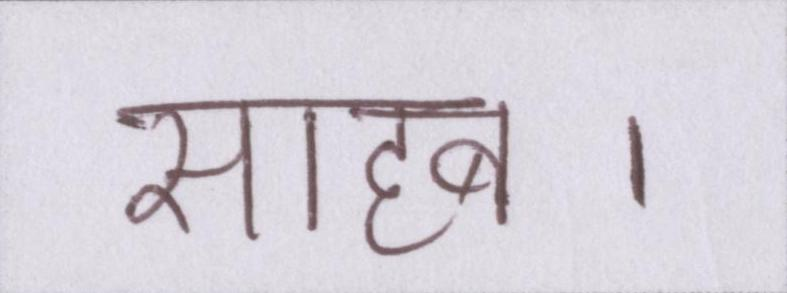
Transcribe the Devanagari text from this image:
साहब।